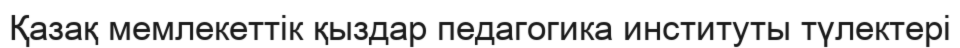
Қазақ мемлекеттік қыздар педагогика институты түлектері